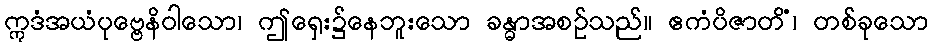
ဣဒံအယံပုဗ္ဗေနိဝါသော၊ ဤရှေး၌နေဘူးသော ခန္ဓာအစဉ်သည်။ ဧကံပိဇာတိံ၊ တစ်ခုသော